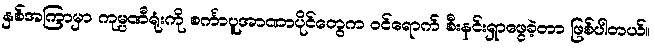
နှစ်အကြာမှာ ကုမ္ပဏီရုံးကို စင်္ကာပူအာဏာပိုင်တွေက ဝင်ရောက် စီးနင်းရှာဖွေခဲ့တာ ဖြစ်ပါတယ်။